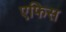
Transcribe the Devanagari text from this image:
एफिस